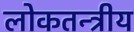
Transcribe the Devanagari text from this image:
लोकतन्त्रीय